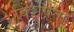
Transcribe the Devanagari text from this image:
विंशेषता